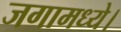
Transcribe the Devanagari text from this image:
जगामध्ये।